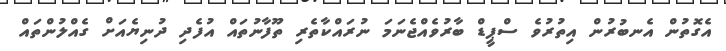
އެގޮތުން އެނބުރުން އިތުރުވެ ސްޕީޑް ބާރުވެއްޖެނަމަ ނުރައްކާތެރި ތޫފާނުތައް އުފެދި ދުނިޔެއަށް ގެއްލުންތައް